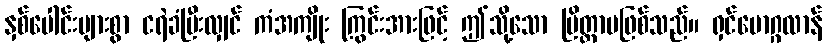
နှစ်ပေါင်းများစွာ ငရဲခံပြီးလျှင် ကံအကျိုး ကြွင်းအားဖြင့် ဤသို့သော ပြိတ္တာမဖြစ်သည်။ ရှင်မောဂ္ဂလာန်